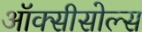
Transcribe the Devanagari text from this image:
ऑक्सीसोल्स